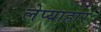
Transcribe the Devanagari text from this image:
लेप्याहार